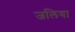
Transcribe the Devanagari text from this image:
जलिया